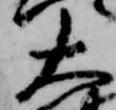
大